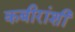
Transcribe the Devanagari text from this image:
कबीरांशी